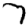
Digit: 7